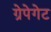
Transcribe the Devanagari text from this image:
ग्रेपेगेट